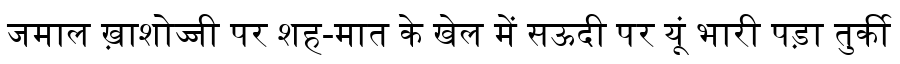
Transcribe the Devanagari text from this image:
जमाल ख़ाशोज्जी पर शह-मात के खेल में सऊदी पर यूं भारी पड़ा तुर्की